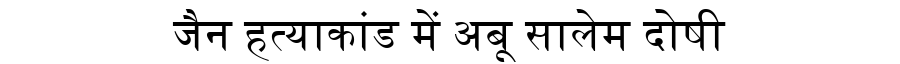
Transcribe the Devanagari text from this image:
जैन हत्याकांड में अबू सालेम दोषी